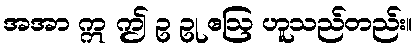
အအာ ဣ ဤ ဥ ဥု ဧဩ ဟူသည်တည်း။